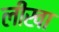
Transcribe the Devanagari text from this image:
लीखा